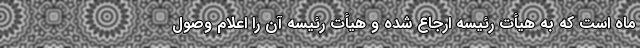
ماه است که به هیأت رئیسه ارجاع شده و هیأت رئیسه آن را اعلام وصول